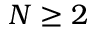
N \geq 2